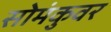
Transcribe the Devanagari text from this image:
सोमंकुवर